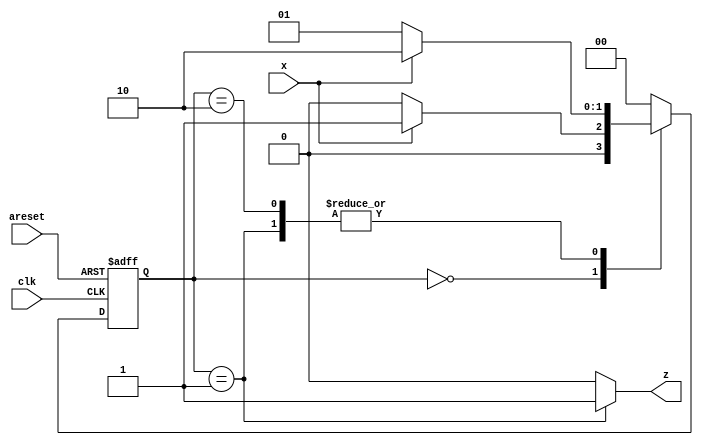
module top_module (
    input clk,
    input areset,
    input x,
    output z
); 
    
    parameter S0 = 0, S1 = 1, S2 = 2;
    reg [1:0] state;
    reg [1:0] next_state;
    
    always @(*)	begin
        case(state)
            S0 : begin
                next_state = x ? S1 : S0;
                z = 1'b0;
            end
            
            S1 : begin
                next_state = x ? S2 : S1;
                z = 1'b1;
            end
            
            S2 : begin
                next_state = x ? S2 : S1;
                z = 1'b0;
            end
            default : begin
                next_state = S0;
                z = 1'b0;
            end
        endcase
    end
    
    always @(posedge clk or posedge areset)	begin
        if(areset)	
            state <= S0;
        else
            state <= next_state;
    end
    

endmodule